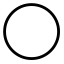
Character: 〇